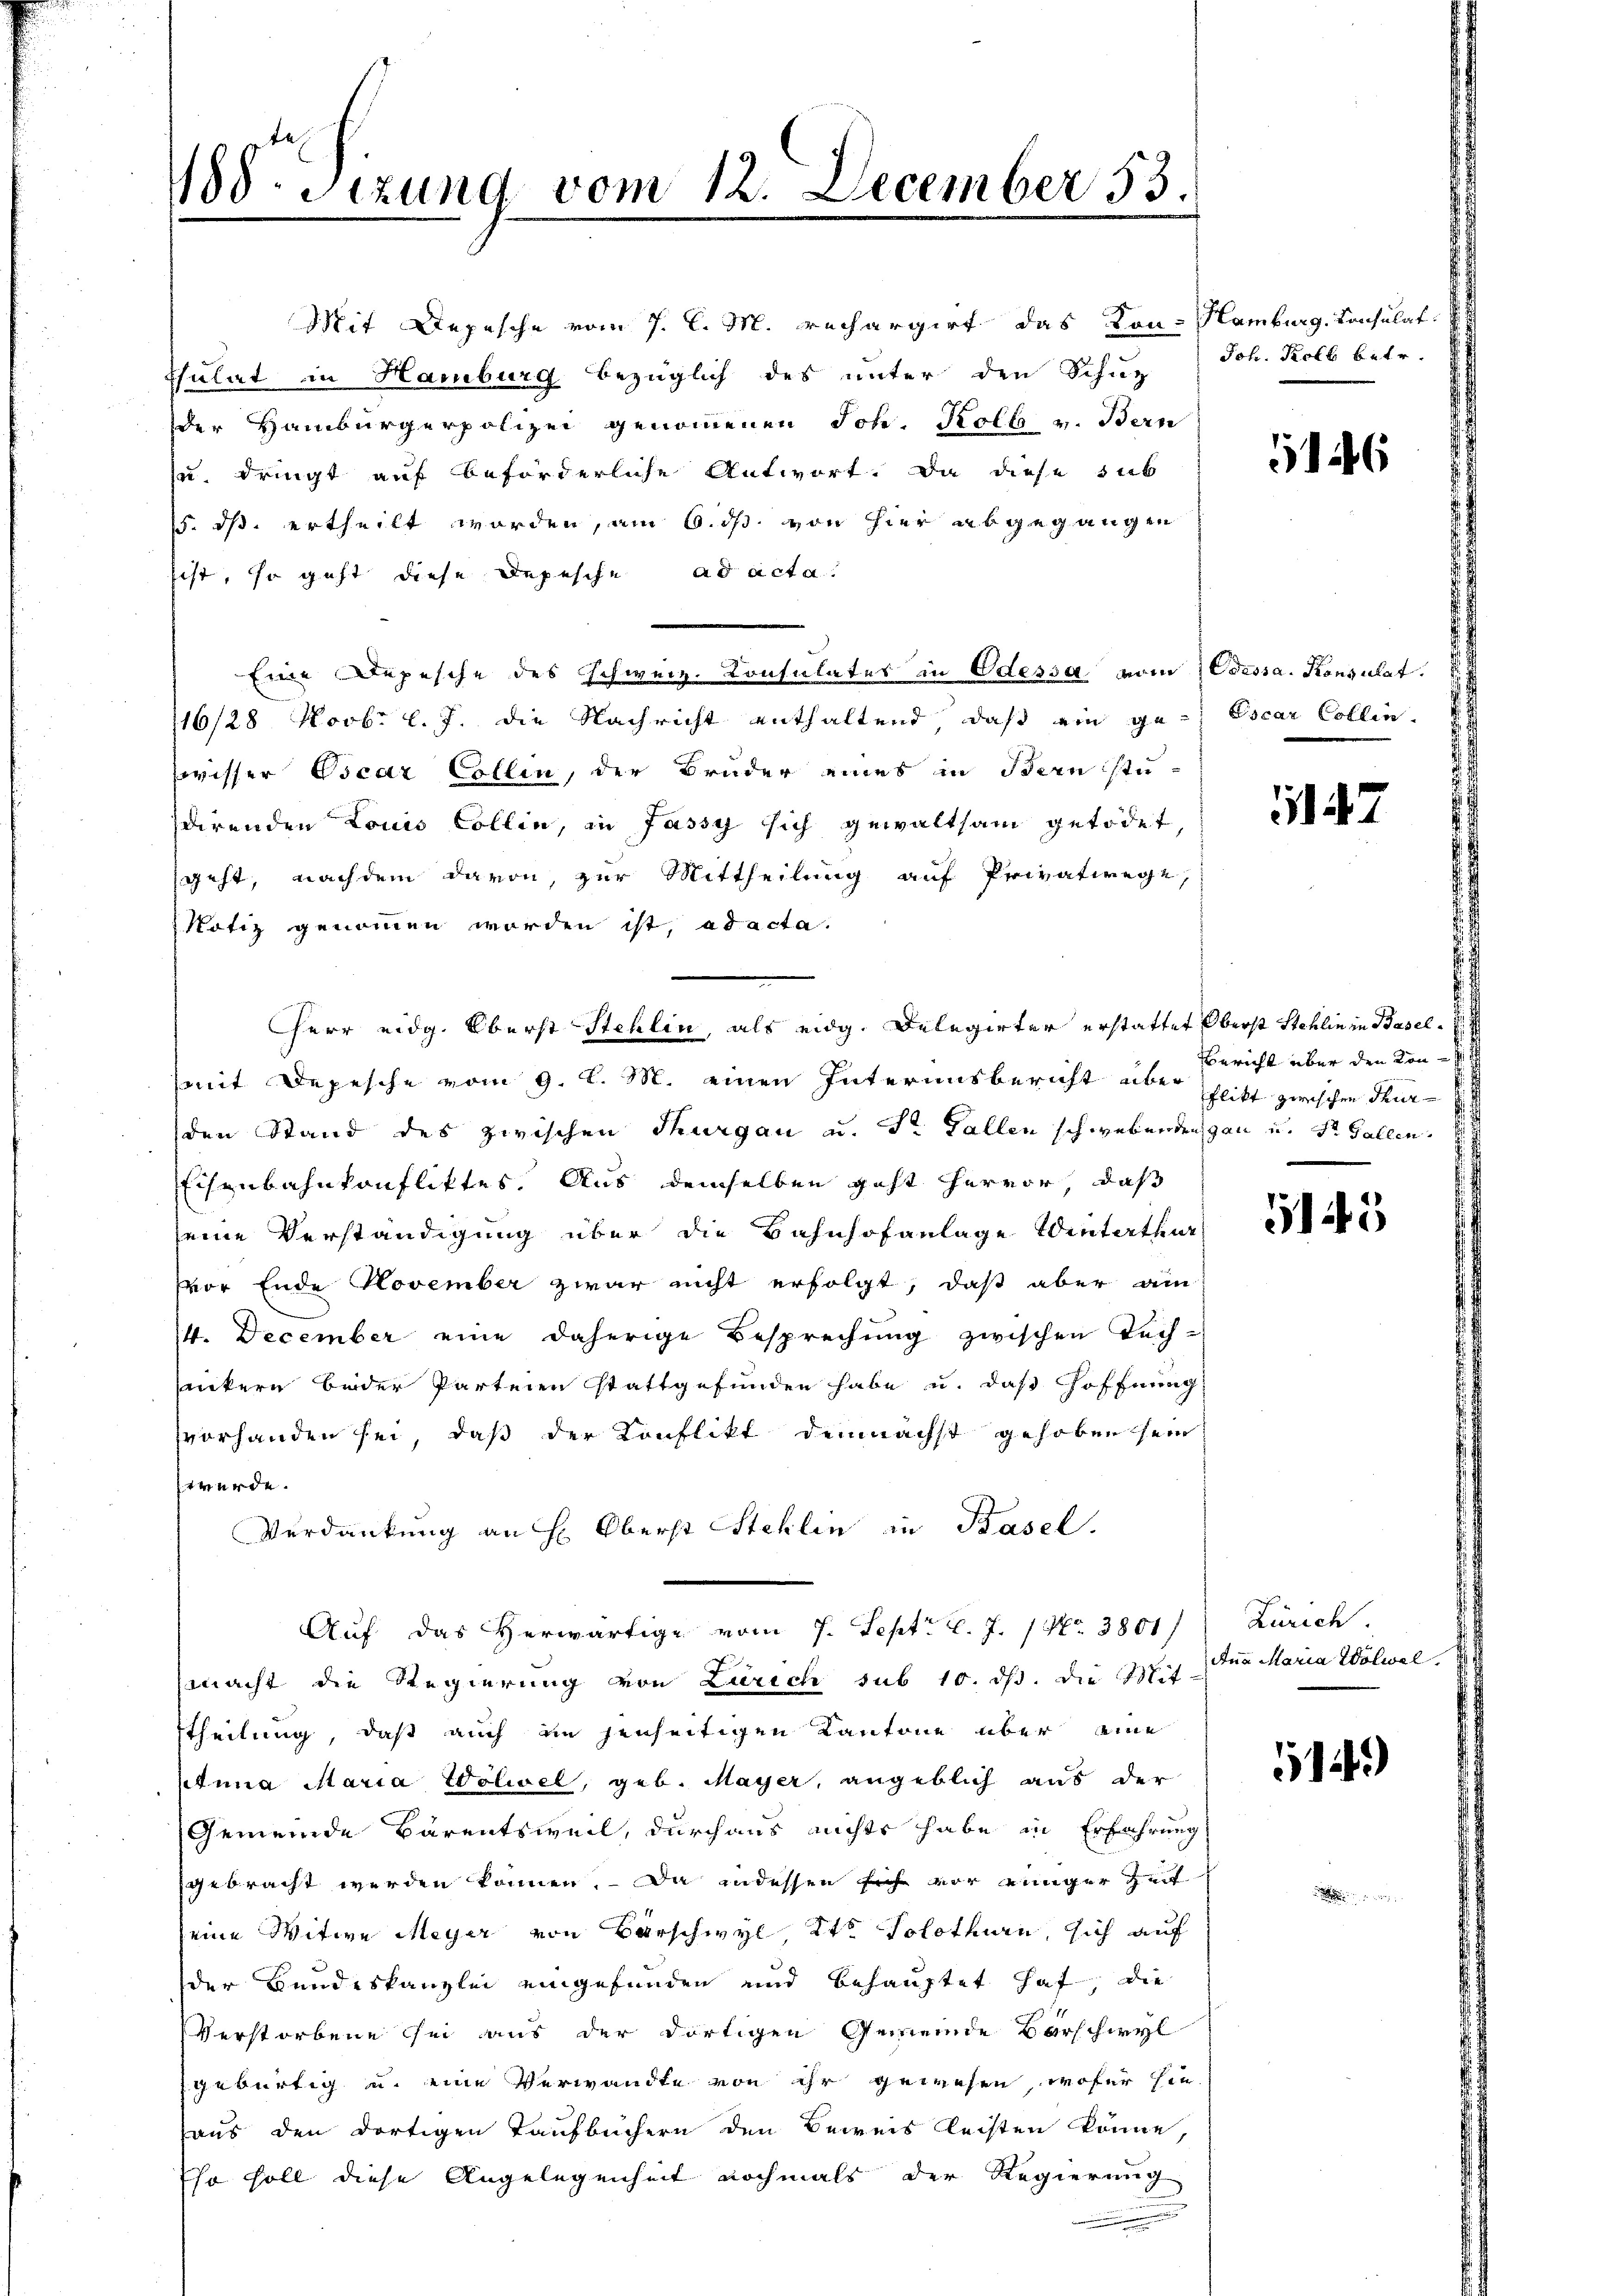
488. Sizung vom 12. December 53

Mit Depesche vom 7. d. M. rechargirt das Kon- Hamburg, Consulat
tulat in Hamburg bezüglich des unter den Schuz Joh. Kolb betr.
der Hamburgerpolizei genommenen Joh. Kolb v. Bern
zu. dringt auf beförderliche Antwort. Da diese sub
15. dß ertheilt worden, am 6. ds von hier abgegangen
sist, so geht diese Depesche ad acta.
Eine Depesche des Schweiz. Consulates in Odessa vom Odessa. Konsulat.
116/28 Novbr l. J. die Nachricht enthaltend, daß ein gewisser Oscar Collen, der Bruder eines in Bern stusdirenden Louis Collin, in Jassy sich gewaltsam getödet,
geht, nachdem davon, zur Mittheilung auf Privatwege,
Notiz genommen worden ist, ad acta.
(mit Depesche vom 9. l. M. einen Interinsbericht über Bericht über den Konden Stand des zwischen Thurgau u. dr Fallen schwebenden gan u. St. Gallen
Eisenbahnkonfliktes. Aus demselben geht hervor, daß
seine Verständigung über die Bahnhofanlage Winterthur
fvor Ende November zwar nicht erfolgt, daß aber am
/4. December eine daherige Besprechung zwischen Tech-
antern beider Parteien stattgefunden habe u. das Hoffnung
vorhanden sei, daß der Konflikt demnächst gehoben sein
 würde.
Verdankung an H. Oberst Stehlin in Basel.
Auf das Herwärtige vom 7. Sept. l. J. Nr. 3801/
macht die Regierung von Zürich sub 10. ds. die 3 des Maria Wölwal
ttheilung, daß auch im jenseitigen Kantone über eine
Anna Maria Wolwel, geb. Mayer, angeblich aus der
Gemeinde Bärentsweil, durchaus nichts habe in Erfahrung
gebracht werden können. Da indessen sich vor einger Zeit
seine Witwe Meyer von Vorschwyl, Kt. Solothurn, sich auf
der Bundeskanzlei eingefunden und behauptet hat, die
Verstorbene sei aus der dortigen Gemeinde Barschwyl
gebürtig u. eine Verwandte von ihr gewesen, wofür hie
aus den dortigen Taufbüchern den Beweis leisten könne,
Eso soll diese Angelegenheit nochmals der Regierung

Herr eidg. Oberst Stehlin, als eidg. Delegirter erstattet Oberst Stehlin in Basel¬

1

Escar Collin.

147

flikt zwischen Thur¬

5145

Zürich

14)